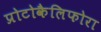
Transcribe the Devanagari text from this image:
प्रोटोकैलिफोरा